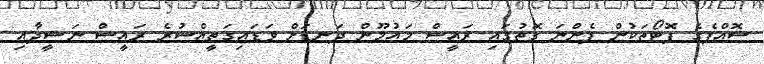
ސޮއްޕެގެ ފޮޓޯތަކުން ފެންނަ ގޮތުގައި ރައީސް މައުމޫން ދަނޑަށް ވަޑައިގަތީއްސުރެ ރައީސް ނަޝީދާއި